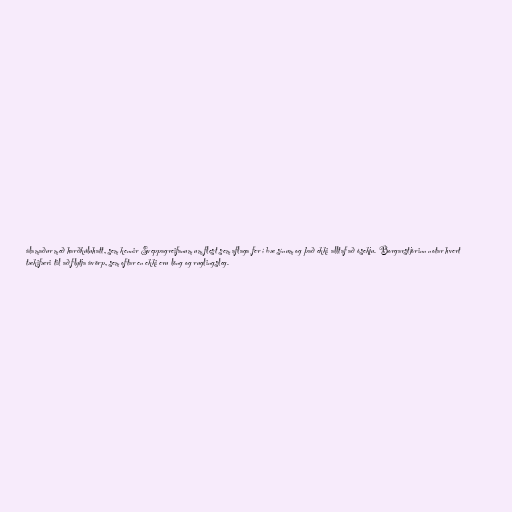
álamaður með harðkúluhatt, sem kennir Sveppagreifanum um flest sem aflaga fer í bæ sínum og það ekki alltaf að ósekju. Borgarstjórinn notar hvert
tækifæri til að flytja ávörp, sem oftar en ekki eru löng og ruglingsleg.